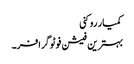
کمیار روکنی
بہترین فیشن فوٹوگرافر۔